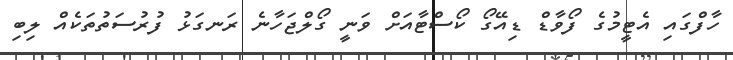
ހާފްގައި އެޓީމުގެ ފޯވާޑް ޑިއޭގޯ ކޯސްޓާއަށް ވަނީ ގޯލްޖަހާނެ ރަނގަޅު ފުރުސަތުތަކެއް ލިބި